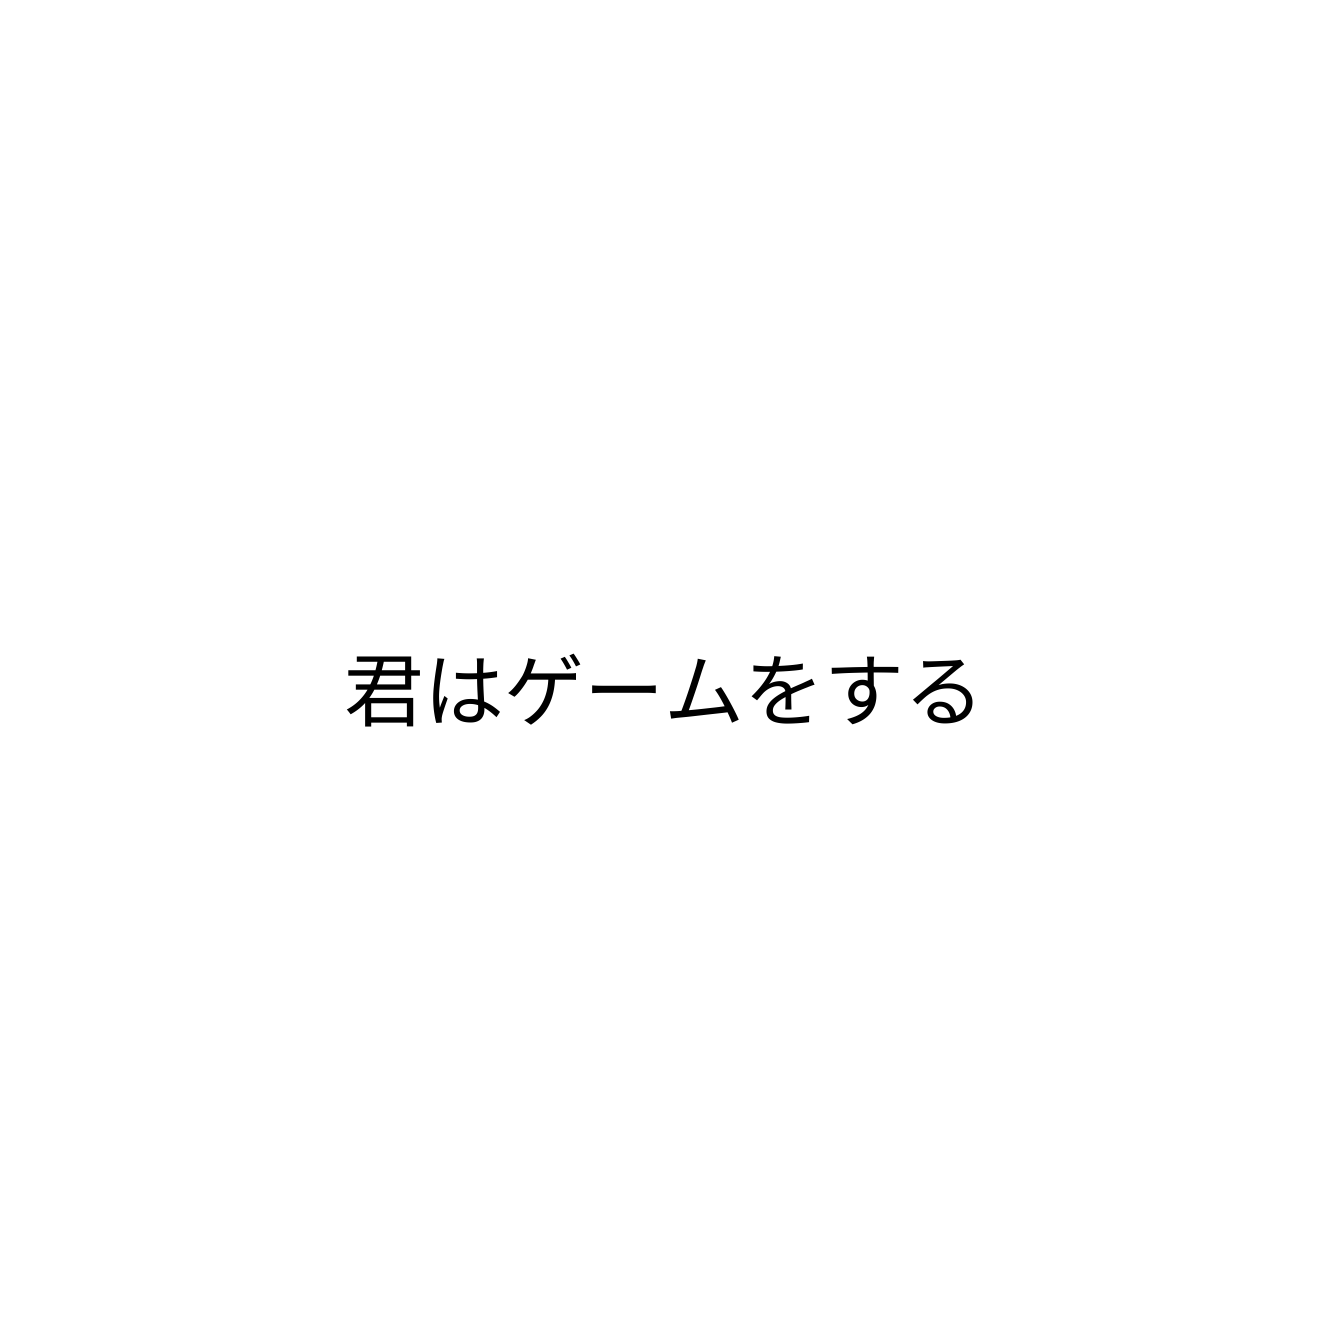
君はゲームをする